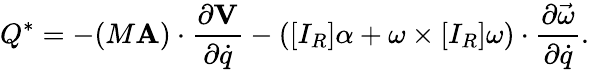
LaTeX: Q^{*}=-(M\mathbf{A})\cdot{\frac{\partial\mathbf{V}}{\partial{\dot{q}}}}-([I_{R}]\alpha+\omega\times[I_{R}]\omega)\cdot{\frac{\partial{\vec{\omega}}}{\partial{\dot{q}}}}.